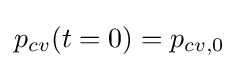
p_{cv}(t=0)=p_{cv,0}